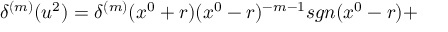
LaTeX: { \delta } ^ { ( m ) } ( u ^ { 2 } ) = { \delta } ^ { ( m ) } ( x ^ { 0 } + r ) ( x ^ { 0 } - r ) ^ { - m - 1 } s g n ( x ^ { 0 } - r ) +